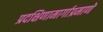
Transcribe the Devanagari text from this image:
प्रदक्षिणामार्गाप्रमाणे